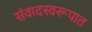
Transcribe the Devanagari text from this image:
संवादस्वरूपात